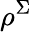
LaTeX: \rho^{\Sigma}